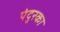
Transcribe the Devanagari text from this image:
पंदुरका